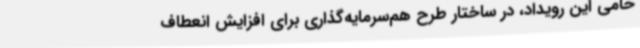
حامی این رویداد، در ساختار طرح هم‌سرمایه‌گذاری برای افزایش انعطاف